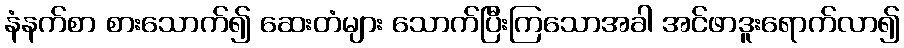
နံနက်စာ စားသောက်၍ ဆေးတံများ သောက်ပြီးကြသောအခါ အင်ဖာဒူးရောက်လာ၍